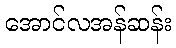
အောင်လအန်ဆန်း